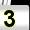
Digit: 3